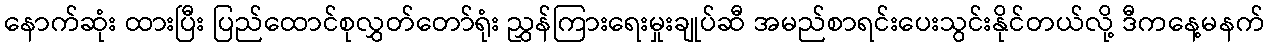
နောက်ဆုံး ထားပြီး ပြည်ထောင်စုလွှတ်တော်ရုံး ညွှန်ကြားရေးမှုးချုပ်ဆီ အမည်စာရင်းပေးသွင်းနိုင်တယ်လို့ ဒီကနေ့မနက်